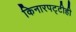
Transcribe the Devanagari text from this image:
किनारपट्टीही